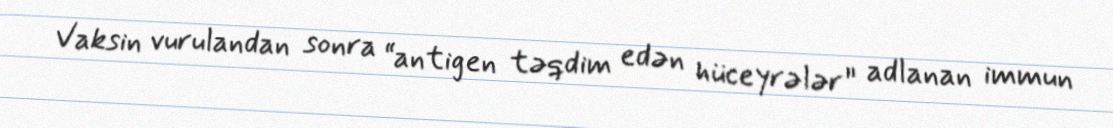
Vaksin vurulandan sonra “antigen təqdim edən hüceyrələr” adlanan immun